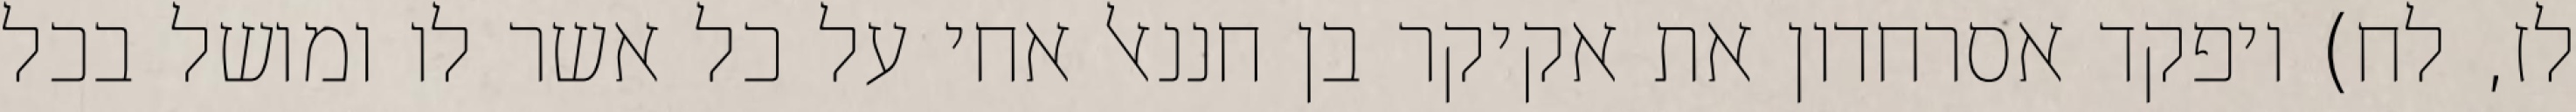
לז, לח) ויפקד אסרחדון את אקיקר בן חננאל אחי על כל אשר לו ומושל בכל